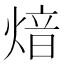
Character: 𤋾